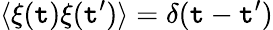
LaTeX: \langle\xi(\mathtt{t})\xi(\mathtt{t}^{\prime})\rangle=\delta(\mathtt{t}-\mathtt{t}^{\prime})